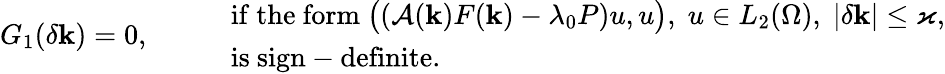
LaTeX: G_{1}(\delta\mathbf{k})=0,\qquad\begin{array}{rl}&{\mathrm{if~the~form~}\bigl((\mathcal{A}(\mathbf{k})F(\mathbf{k})-\lambda_{0}P)u,u\bigr),\; u\in L_{2}(\Omega),\; |\delta\mathbf{k}|\le\varkappa,}\\ &{\mathrm{is~sign-definite.}}\end{array}